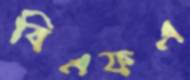
বিএফএ